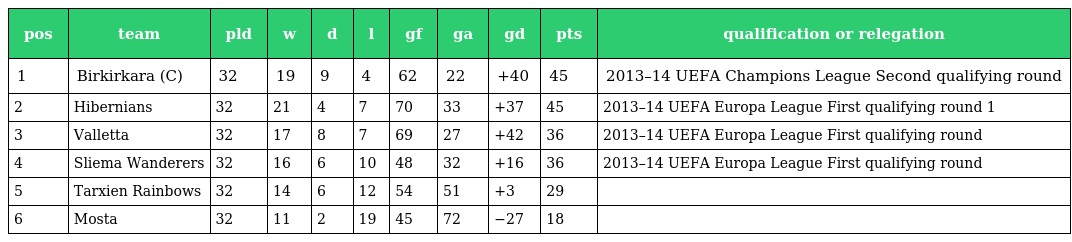
| pos | team | pld | w | d | l | gf | ga | gd | pts | qualification or relegation |
 | --- | --- | --- | --- | --- | --- | --- | --- | --- | --- | --- |
 | 1 | Birkirkara (C) | 32 | 19 | 9 | 4 | 62 | 22 | +40 | 45 | 2013–14 UEFA Champions League Second qualifying round |
 | 2 | Hibernians | 32 | 21 | 4 | 7 | 70 | 33 | +37 | 45 | 2013–14 UEFA Europa League First qualifying round 1 |
 | 3 | Valletta | 32 | 17 | 8 | 7 | 69 | 27 | +42 | 36 | 2013–14 UEFA Europa League First qualifying round |
 | 4 | Sliema Wanderers | 32 | 16 | 6 | 10 | 48 | 32 | +16 | 36 | 2013–14 UEFA Europa League First qualifying round |
 | 5 | Tarxien Rainbows | 32 | 14 | 6 | 12 | 54 | 51 | +3 | 29 |  |
 | 6 | Mosta | 32 | 11 | 2 | 19 | 45 | 72 | −27 | 18 |  |